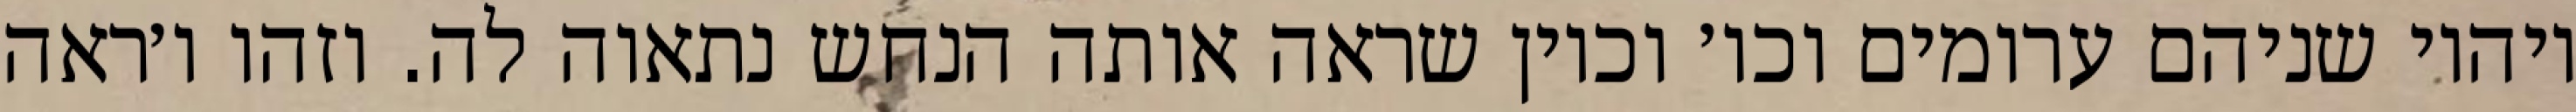
ויהיו שניהם ערומים וכו׳ וכיון שראה אותה הנחש נתאוה לה. וזהו ו׳ראה